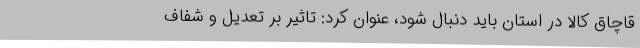
قاچاق کالا در استان باید دنبال شود، عنوان کرد: تاثیر بر تعدیل و شفاف